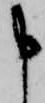
申